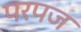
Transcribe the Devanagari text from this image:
परपज